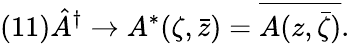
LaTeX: (11)\hat{A}^{\dagger}\rightarrow A^{*}(\zeta,\bar{z})=\overline{{{A(z,\bar{\zeta})}}}.